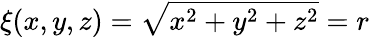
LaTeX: \xi(x,y,z)=\sqrt{x^{2}+y^{2}+z^{2}}=r